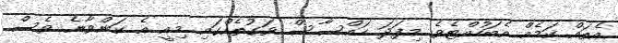
އެތައް ކަމެއް އެބަހުއްޓެވެ. މިފަދަ ހައްސާސް ވަގުތެއްގައި މިއީ އެ ކަންވާނެ ވެސް